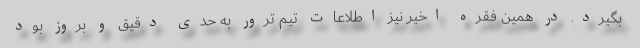
بگیرد. در همین فقره اخیر نیز اطلاعات تیم ترور به حدی دقیق و بروز بود